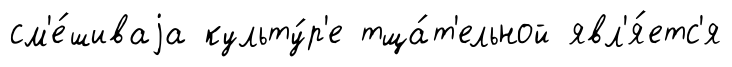
см'е́шиваjа культу́р'е тща́т'ельной явл'я́етс'я